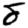
Digit: 8